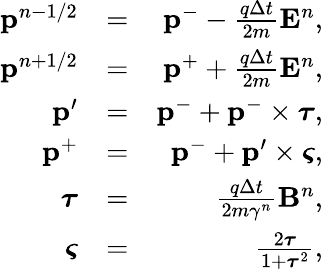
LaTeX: \begin{array}{rlr}{\mathbf{p}^{n-1/2}}&{=}&{\mathbf{p}^{-}-\frac{q\Delta t}{2m}\mathbf{E}^{n},}\\ {\mathbf{p}^{n+1/2}}&{=}&{\mathbf{p}^{+}+\frac{q\Delta t}{2m}\mathbf{E}^{n},}\\ {\mathbf{p}^{\prime}}&{=}&{\mathbf{p}^{-}+\mathbf{p}^{-}\times\boldsymbol{\tau},}\\ {\mathbf{p}^{+}}&{=}&{\mathbf{p}^{-}+\mathbf{p}^{\prime}\times\boldsymbol{\varsigma},}\\ {\boldsymbol{\tau}}&{=}&{\frac{q\Delta t}{2m\gamma^{n}}\mathbf{B}^{n},}\\ {\boldsymbol{\varsigma}}&{=}&{\frac{2\boldsymbol{\tau}}{1+\boldsymbol{\tau}^{2}},}\end{array}